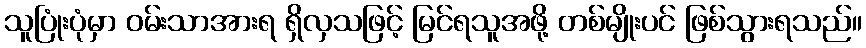
သူပြုံးပုံမှာ ဝမ်းသာအားရ ရှိလှသဖြင့် မြင်ရသူအဖို့ တစ်မျိုးပင် ဖြစ်သွားရသည်။